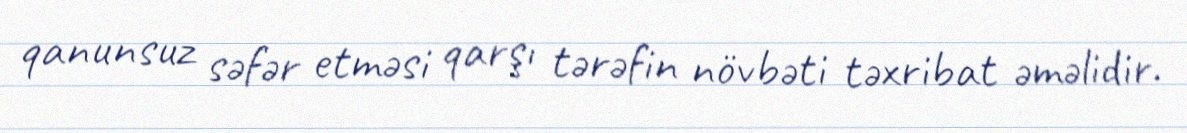
qanunsuz səfər etməsi qarşı tərəfin növbəti təxribat əməlidir.